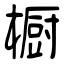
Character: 橱